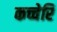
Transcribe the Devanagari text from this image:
कच्चेरि